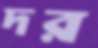
দর